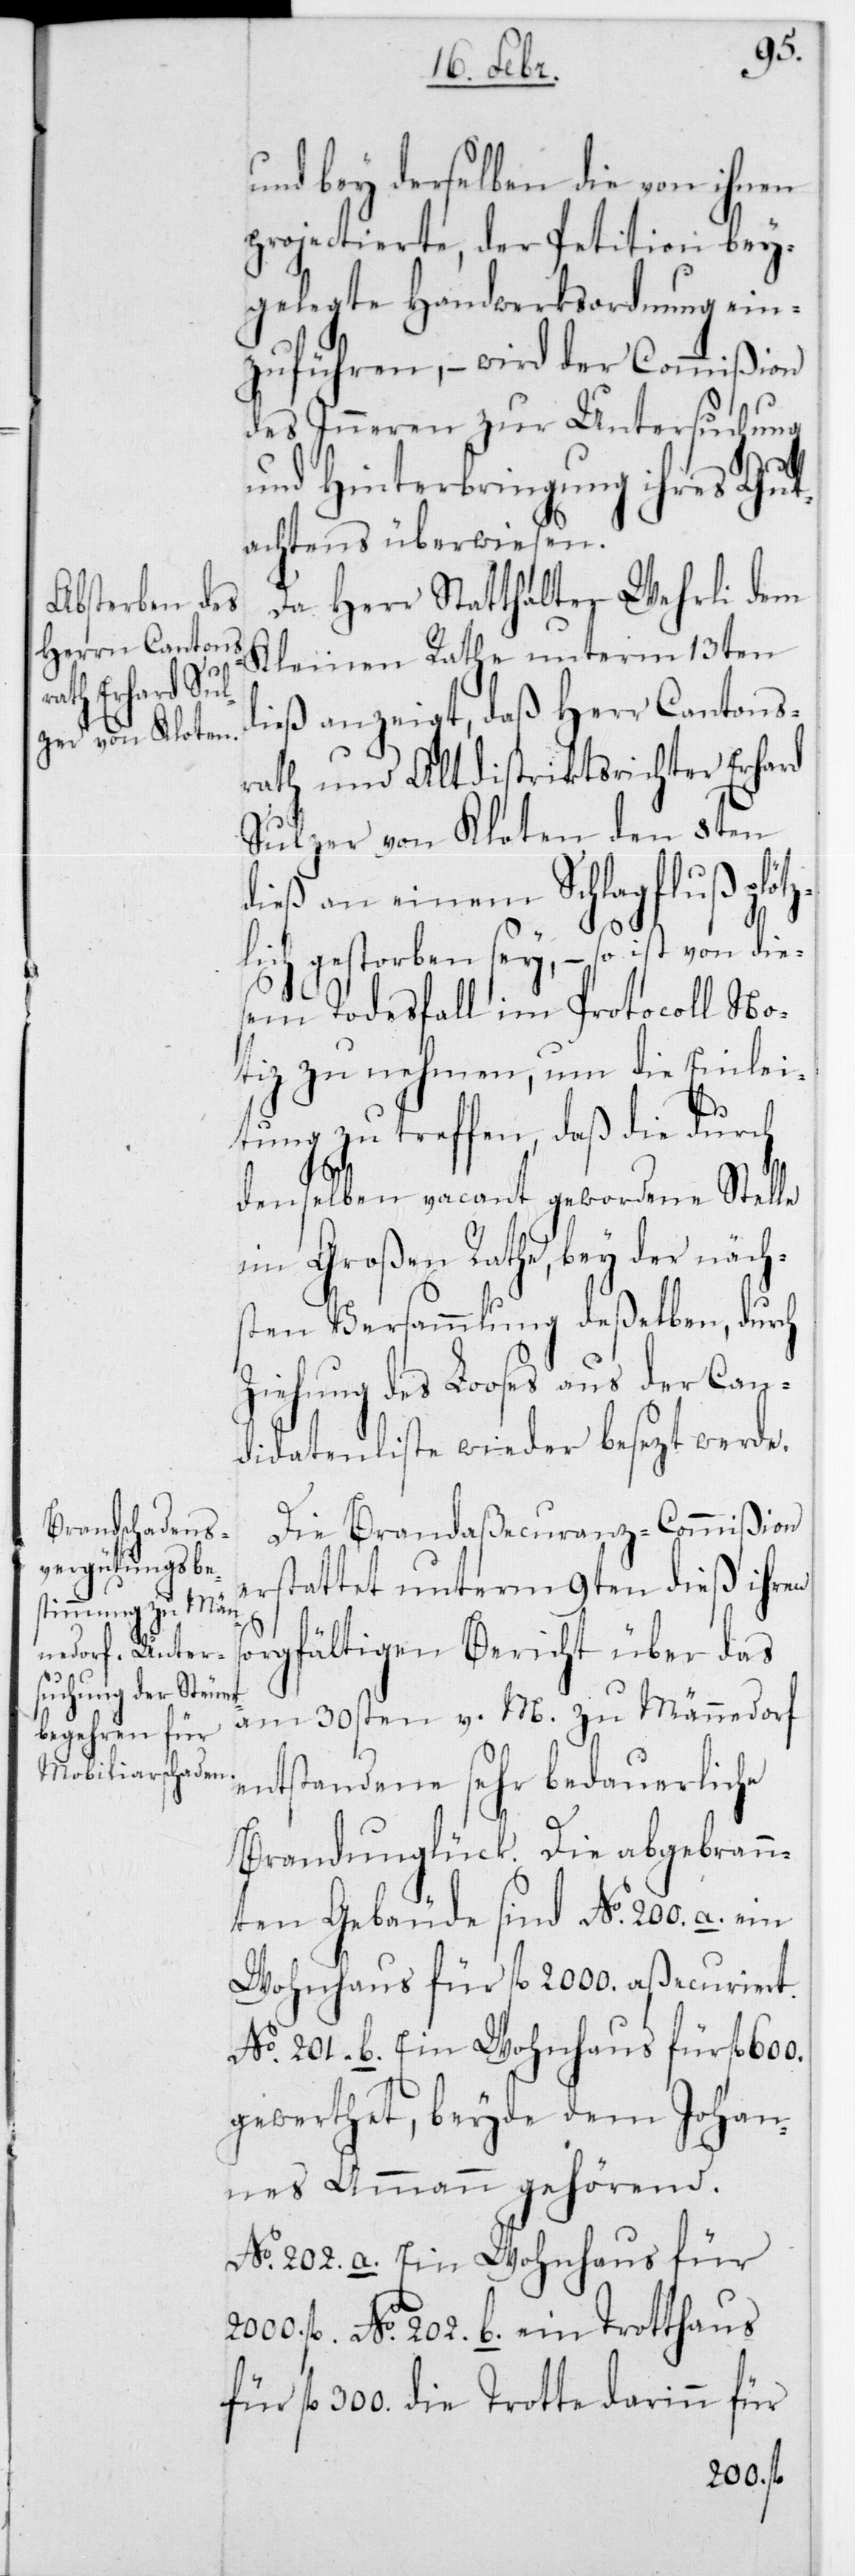
so¬
und bey derselben die von ihnen
projectierte, der Petition bey¬
gelegte Handwerksordnung ein¬
zuführen, – wird der Commißion
des Innern zur Untersuchung
und Hinterbringung ihres Gut¬
achtens überwiesen.
Da Herr Statthalter Wehrli dem
dieß anzeigt, daß Herr Cantons¬
rath und Altdistriktsrichter Erhard
Sulzer von Kloten den 8ten
dieß an einem Schlagfluß plötz¬
lich gestorben sey, – so ist von die¬
sem Todesfall im Protocoll No¬
tiz zu nehmen, um die Einlei¬
tung zu treffen, daß die durch
denselben vacant gewordene Stelle
im Großen Rathe, bey der näch¬
sten Versammlung deßelben, durch
Ziehung des Looses aus der Can¬
didatenliste wieder besetzt werde.
Die Brandaßecuranz-Commißion
erstattet unterm 9ten dieß ihren
rgfältigen Bericht über das
am 30sten v. M. zu Männedorf
entstandene sehr bedauerliche
Brandunglück. Die abgebrann¬
ten Gebäude sind N0 200 a. ein
Wohnhaus für fl. 2000 aßecuriert.
No 201 b. Ein Wohnhaus für fl.
gewerthet, beyde dem Johan¬
nes Ammann gehörend.
No 202 a. Ein Wohnhaus für
2000 fl. No 202 b. ein Trotthaus
fl., die Trotte darinn für